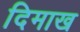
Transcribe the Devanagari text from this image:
दिमाख